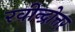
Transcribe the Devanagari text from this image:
रवीन्द्रोत्तर